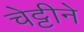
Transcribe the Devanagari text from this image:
चेट्टीने